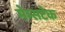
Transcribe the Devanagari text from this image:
मेम्सटेक